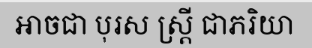
អាចជា បុរស ស្ត្រី ជាភរិយា